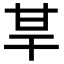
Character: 𤯀